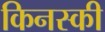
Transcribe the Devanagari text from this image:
किनस्की